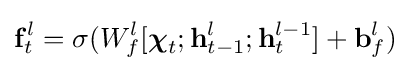
\mathbf {f} _{t}^{l}=\sigma (W_{f}^{l}[{\boldsymbol {\chi }}_{t};\mathbf {h} _{t-1}^{l};\mathbf {h} _{t}^{l-1}]+\mathbf {b} _{f}^{l})